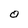
Character: O